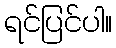
ရင်ပြင်ပါ။